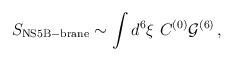
\begin{align*}S_{\rm NS5B-brane} \sim \int d^6\xi\ C^{(0)} {\cal G}^{(6)}\, ,\end{align*}